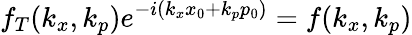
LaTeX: f_{T}(k_{x},k_{p})e^{-i(k_{x}x_{0}+k_{p}p_{0})}=f(k_{x},k_{p})